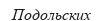
Подольских